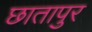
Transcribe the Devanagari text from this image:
छातापुर